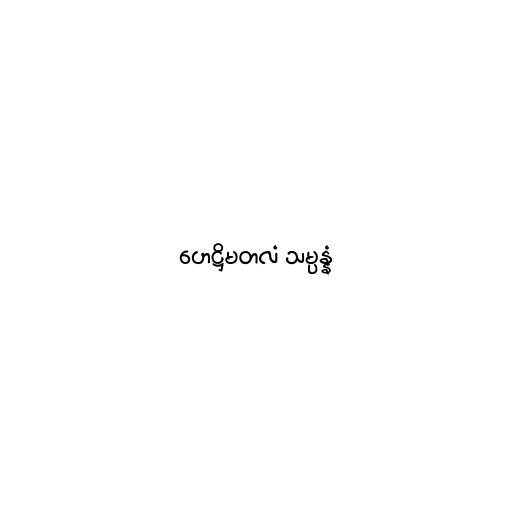
ဟေဋ္ဌိမတလံ သမ္ပန္နံ